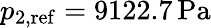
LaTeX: p_{2,\mathrm{ref}}=9122.7\, \mathrm{Pa}